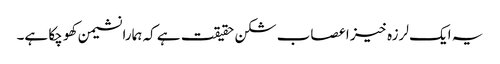
یہ ایک لرزہ خیز اعصاب شکن حقیقت ہے کہ ہمارا نشیمن کھو چکا ہے۔